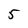
Character: 5